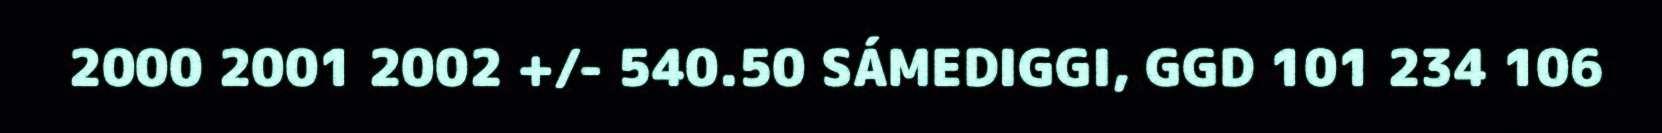
2000 2001 2002 +/- 540.50 SÁMEDIGGI, GGD 101 234 106